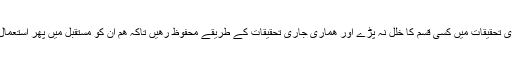
تا کہ ھماری تحقيقات ميں کسی قسم کا خلل نہ پڑے اور ھماری جاری تحقيقات کے طري‍قے محفوظ رھيں تاکہ ھم ان کو مستقبل ميں پھر استعمال کر سکيں۔